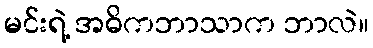
မင်းရဲ့ အဓိကဘာသာက ဘာလဲ။